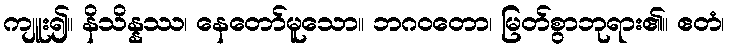
ကျူး၍။ နိသိန္နဿ၊ နေတော်မူသော။ ဘဂဝတော၊ မြတ်စွာဘုရား၏။ ဧတံ၊